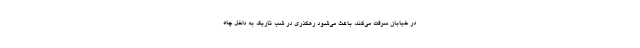
در خیابان سرقت می‌کند، باعث می‌شود رهگذری در شب تاریک به داخل چاه